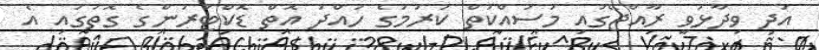
އަދި ވިދާޅުވީ ރާއްޖޭގައި މަސައްކަތް ކުރުމުގެ ހުއްދަ އޮތް ޑޮކްޓަރުންގެ ގޮތުގައި އެ